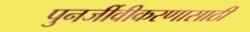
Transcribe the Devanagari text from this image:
पुनर्जीवीकरणासाठी